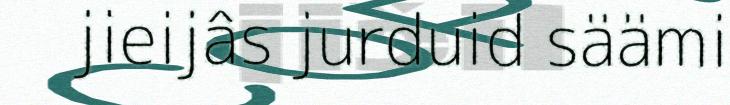
jieijâs jurduid säämi